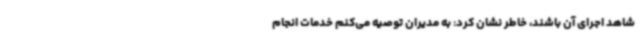
شاهد اجرای آن باشند، خاطر نشان کرد: به مدیران توصیه می‌کنم خدمات انجام